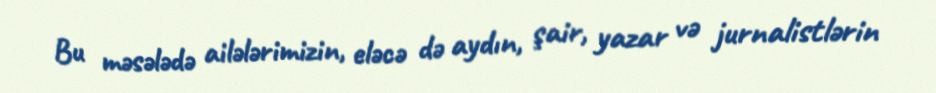
Bu məsələdə ailələrimizin, eləcə də aydın, şair, yazar və jurnalistlərin